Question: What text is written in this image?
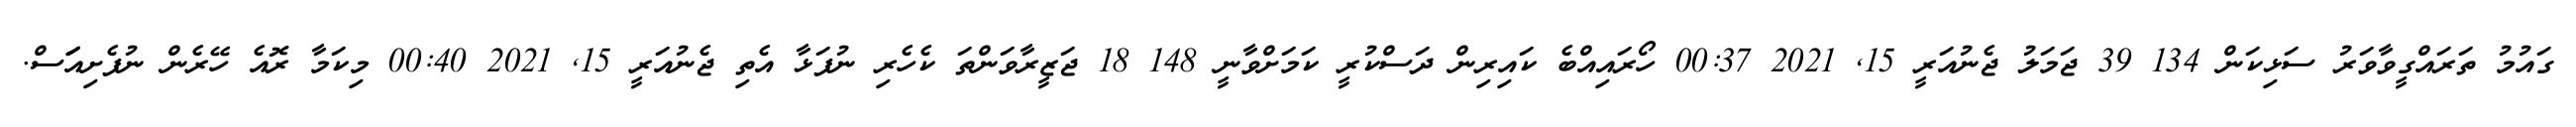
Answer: ގައުމު ތަރައްގީވާވަރު ސަޅިކަން 134 39 ޖަމަލު ޖެނުއަރީ 15, 2021 00:37 ހޯރައިއްބެ ކައިރިން ދަސްކުރީ ކަމަށްވާނީ 148 18 ޖަޒީރާވަންތަ ކެހެރި ނުފަޅާ އެތި ޖެނުއަރީ 15, 2021 00:40 މިކަމާ ރޮއެ ހޭރެން ނުފެށިއަަަސް.